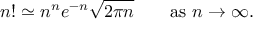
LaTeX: n ! \simeq n ^ { n } e ^ { - n } { \sqrt { 2 \pi n } } \qquad { \mathrm { a s ~ } } n \to \infty .